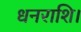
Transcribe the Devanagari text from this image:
धनराशि।